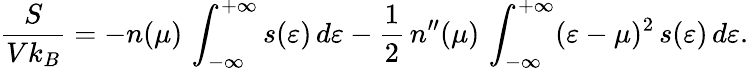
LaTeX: \frac{S}{Vk_{B}}=-n(\mu)\, \int_{-\infty}^{+\infty}s(\varepsilon)\, d\varepsilon-\frac{1}{2}\, n^{\prime\prime}(\mu)\, \int_{-\infty}^{+\infty}(\varepsilon-\mu)^{2}\, s(\varepsilon)\, d\varepsilon.